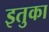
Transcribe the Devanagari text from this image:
इतुका